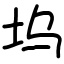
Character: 坞